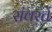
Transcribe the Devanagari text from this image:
संवरते